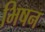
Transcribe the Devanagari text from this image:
भिषन